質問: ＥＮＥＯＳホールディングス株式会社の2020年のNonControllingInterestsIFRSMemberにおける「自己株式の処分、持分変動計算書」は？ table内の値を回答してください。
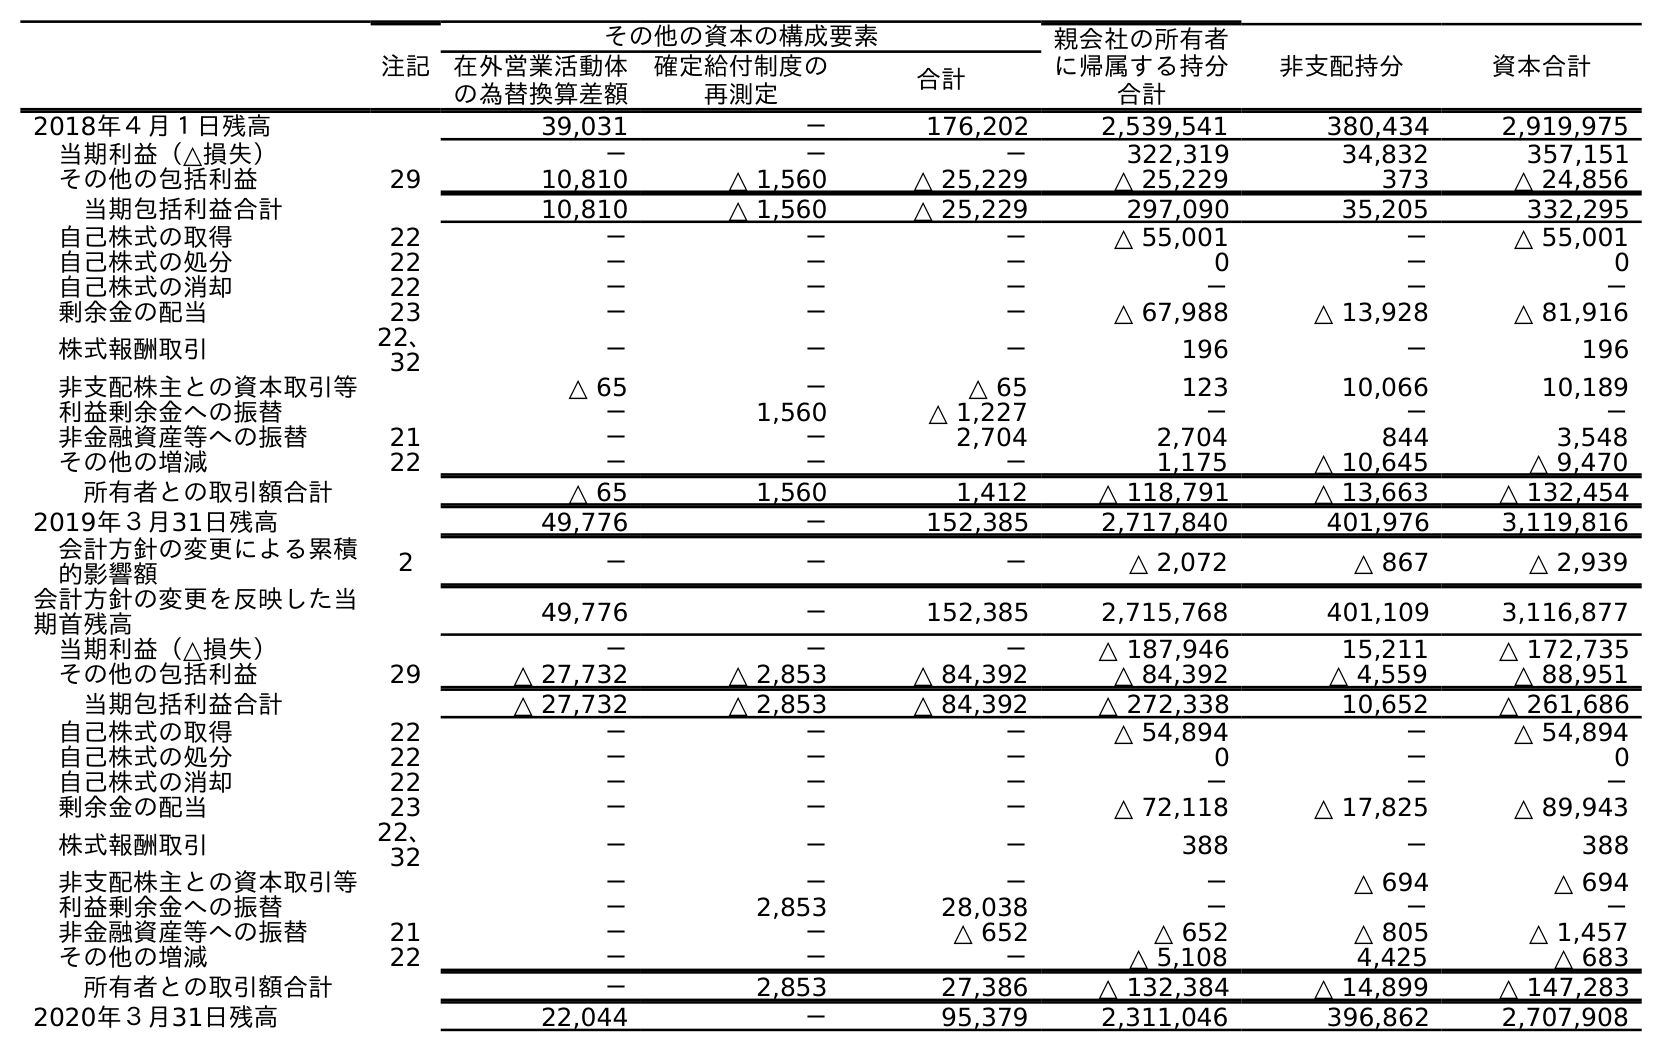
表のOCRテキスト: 注記 その他の資本の構成要素 親会社の所有者 に帰属する持分 合計 非支配持分 資本合計 在外営業活動体 の為替換算差額 確定給付制度の 再測定 合計 2018年４月１日残高 39,031 － 176,202 2,539,541 380,434 2,919,975 当期利益（△損失） － － － 322,319 34,832 357,151 その他の包括利益 29 10,810 △ 1,560 △ 25,229 △ 25,229 373 △ 24,856 当期包括利益合計 10,810 △ 1,560 △ 25,229 297,090 35,205 332,295 自己株式の取得 22 － － － △ 55,001 － △ 55,001 自己株式の処分 22 － － － 0 － 0 自己株式の消却 22 － － － － － － 剰余金の配当 23 － － － △ 67,988 △ 13,928 △ 81,916 株式報酬取引 22、 32 － － － 196 － 196 非支配株主との資本取引等 △ 65 － △ 65 123 10,066 10,189 利益剰余金への振替 － 1,560 △ 1,227 － － － 非金融資産等への振替 21 － － 2,704 2,704 844 3,548 その他の増減 22 － － － 1,175 △ 10,645 △ 9,470 所有者との取引額合計 △ 65 1,560 1,412 △ 118,791 △ 13,663 △ 132,454 2019年３月31日残高 49,776 － 152,385 2,717,840 401,976 3,119,816 会計方針の変更による累積 的影響額 2 － － － △ 2,072 △ 867 △ 2,939 会計方針の変更を反映した当 期首残高 49,776 － 152,385 2,715,768 401,109 3,116,877 当期利益（△損失） － － － △ 187,946 15,211 △ 172,735 その他の包括利益 29 △ 27,732 △ 2,853 △ 84,392 △ 84,392 △ 4,559 △ 88,951 当期包括利益合計 △ 27,732 △ 2,853 △ 84,392 △ 272,338 10,652 △ 261,686 自己株式の取得 22 － － － △ 54,894 － △ 54,894 自己株式の処分 22 － － － 0 － 0 自己株式の消却 22 － － － － － － 剰余金の配当 23 － － － △ 72,118 △ 17,825 △ 89,943 株式報酬取引 22、 32 － － － 388 － 388 非支配株主との資本取引等 － － － － △ 694 △ 694 利益剰余金への振替 － 2,853 28,038 － － － 非金融資産等への振替 21 － － △ 652 △ 652 △ 805 △ 1,457 その他の増減 22 － － － △ 5,108 4,425 △ 683 所有者との取引額合計 － 2,853 27,386 △ 132,384 △ 14,899 △ 147,283 2020年３月31日残高 22,044 － 95,379 2,311,046 396,862 2,707,908
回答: －